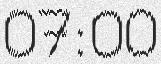
07:00